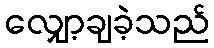
လျှော့ချခဲ့သည်